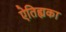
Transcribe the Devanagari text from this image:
ऐतिह्यका